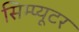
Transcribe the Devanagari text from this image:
सिम्प्यूटर